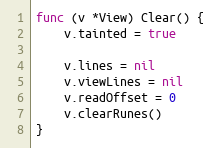
Language: Go
func (v *View) Clear() {
	v.tainted = true

	v.lines = nil
	v.viewLines = nil
	v.readOffset = 0
	v.clearRunes()
}